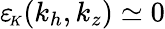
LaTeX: {\varepsilon_{\! \scriptscriptstyle K}}(k_{h},k_{z})\simeq 0